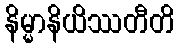
နိမ္မာနိယိဿတီတိ